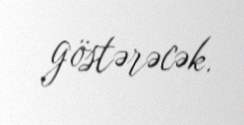
göstərəcək.